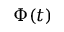
\Phi ( t )